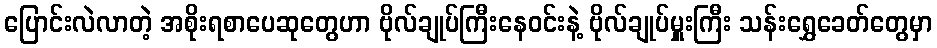
ပြောင်းလဲလာတဲ့ အစိုးရစာပေဆုတွေဟာ ဗိုလ်ချုပ်ကြီးနေဝင်းနဲ့ ဗိုလ်ချုပ်မှူးကြီး သန်းရွှေခေတ်တွေမှာ